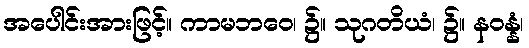
အပေါင်းအားဖြင့်။ ကာမဘဝေ၊ ၌။ သုဂတိယံ၊ ၌။ နဝန္နံ၊